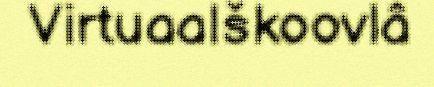
Virtuaalškoovlâ